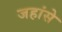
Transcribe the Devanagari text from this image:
जहांसे